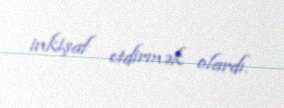
inkişaf etdirmək olardı.